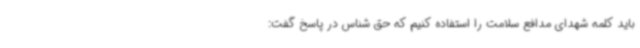
باید کلمه شهدای مدافع سلامت را استفاده کنیم که حق شناس در پاسخ گفت: